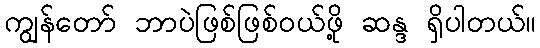
ကျွန်တော် ဘာပဲဖြစ်ဖြစ်ဝယ်ဖို့ ဆန္ဒ ရှိပါတယ်။